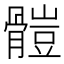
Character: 𩪂